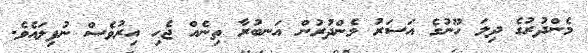
މެންދުރުގެ ދިލަ ހޫނުގެ އަސަރު މެންދުރުން އަނބުރާ ތިނެއް ޖެހި އިރުވެސް ނުފިލައެވެ.